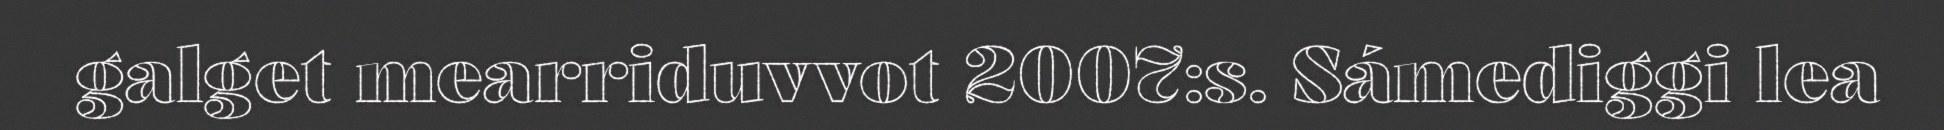
galget mearriduvvot 2007:s. Sámediggi lea